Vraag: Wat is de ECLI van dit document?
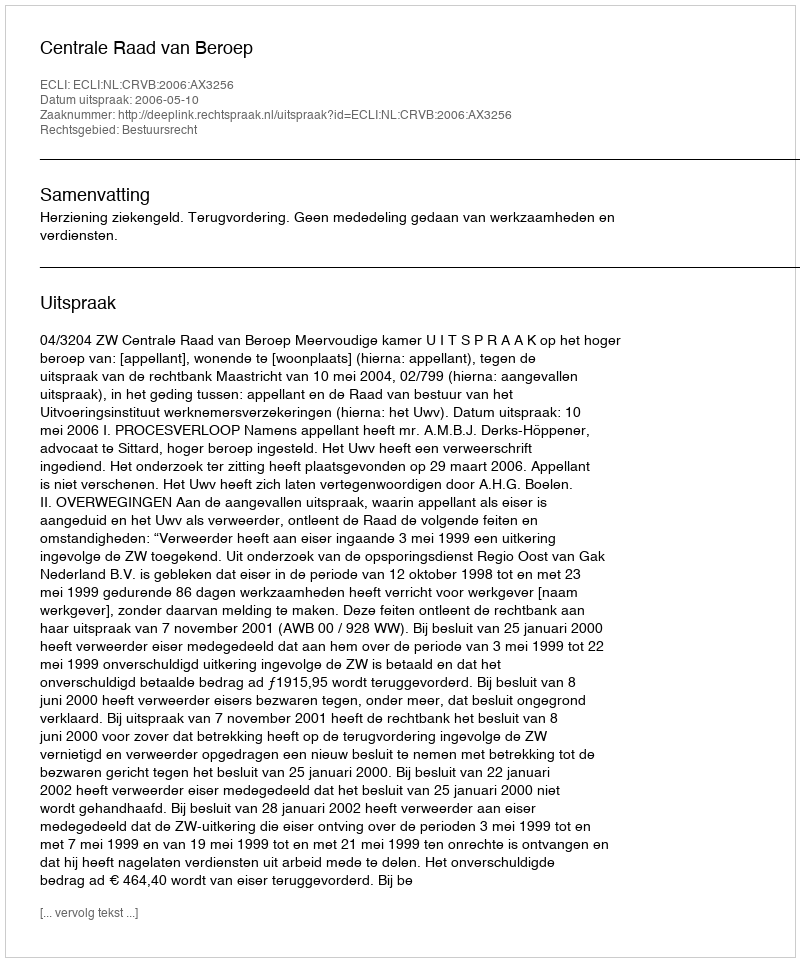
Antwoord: ECLI:NL:CRVB:2006:AX3256